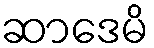
ဆာဒေမိ